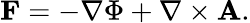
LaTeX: \mathbf{F}=-\nabla\Phi+\nabla\times\mathbf{A}.